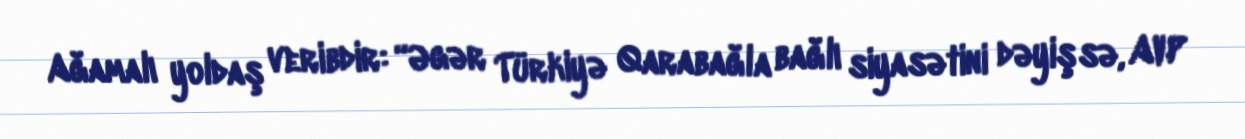
Ağamalı yoldaş veribdir: “Əgər Türkiyə Qarabağla bağlı siyasətini dəyişsə, AVP